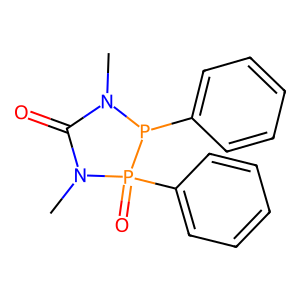
SMILES: CN1C(=O)N(C)P(=O)(c2ccccc2)P1c1ccccc1
Inhibits HIV replication: No